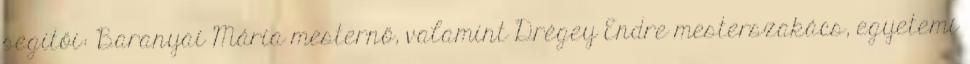
segítői: Baranyai Mária mesternő, valamint Drégey Endre mesterszakács, egyetemi